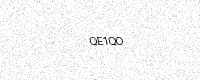
Text: QE1QO